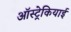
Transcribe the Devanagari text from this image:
ऑस्ट्रेकियाई